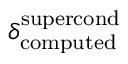
\delta _ { \mathrm { c o m p u t e d } } ^ { \mathrm { s u p e r c o n d } }